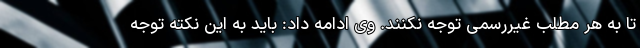
تا به هر مطلب غیررسمی توجه نکنند. وی ادامه داد: باید به این نکته توجه